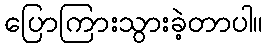
ပြောကြားသွားခဲ့တာပါ။